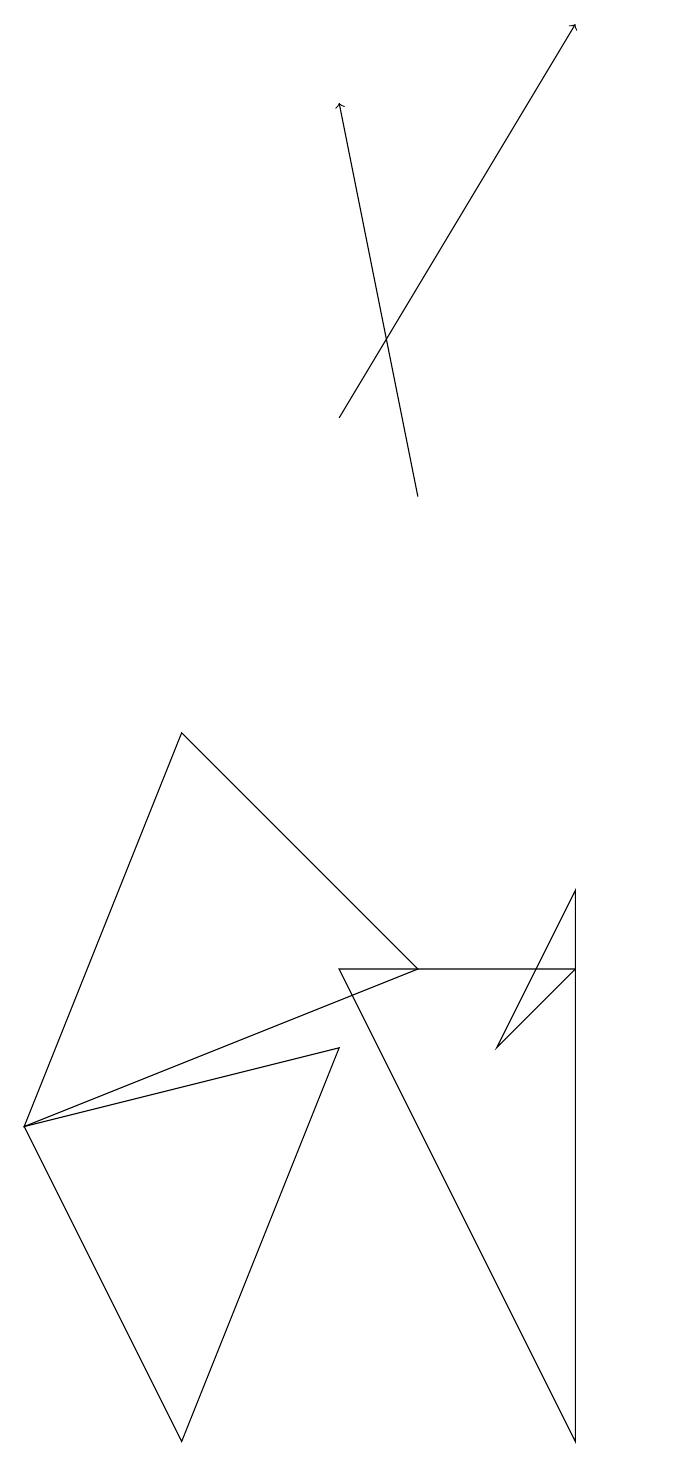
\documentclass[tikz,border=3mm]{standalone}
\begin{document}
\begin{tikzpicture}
\draw (9,0) -- (9,6) -- (6,6) -- cycle;
\draw (2,4) -- (6,5) -- (4,0) -- cycle;
\draw[->] (6,13) -- (9,18);
\draw[->] (7,12) -- (6,17);
\draw (2,4) -- (4,9) -- (7,6) -- cycle;
\draw (9,7) -- (9,6) -- (8,5) -- cycle;
\draw (10,11) circle (0);
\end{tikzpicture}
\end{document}